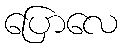
ပြောလေ